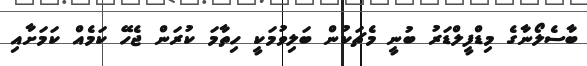
ބާސެލޯނާގެ މިޑްފީލްޑަރު ބުނީ މެޗަކުން ބަލިވުމަކީ ހިތާމަ ކުރަން ޖެހޭ ކަމެއް ކަމަށާއި